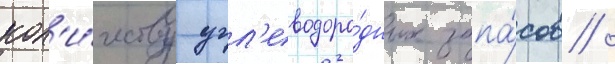
кол'и́честву угл'еводоро́дных запа́сов /